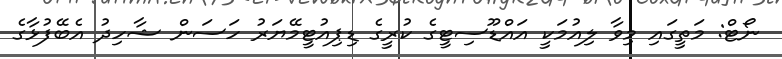
ނޯޓް: މަތީގައި މިވާ ލިއުމަކީ އައްޑޫސިޓީގެ ކުރީގެ ޑިޕިއުޓީމޭޔަރު ހަސަން ޝާހިދު އެބޭފުޅާގެ